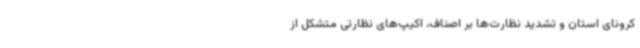
کرونای استان و تشدید نظارت‌ها بر اصناف، اکیپ‌های نظارتی متشکل از